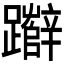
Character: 𮜧